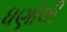
ધણોલી